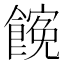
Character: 𩝜